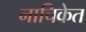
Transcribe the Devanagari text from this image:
नाचिकेत